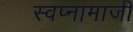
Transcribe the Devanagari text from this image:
स्वप्नामाजी